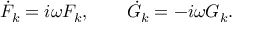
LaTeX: \dot { F } _ { k } = i \omega F _ { k } , \qquad \dot { G } _ { k } = - i \omega G _ { k } .